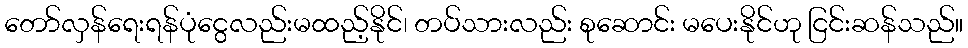
တော်လှန်ရေးရန်ပုံငွေလည်းမထည့်နိုင်၊ တပ်သားလည်း စုဆောင်း မပေးနိုင်ဟု ငြင်းဆန်သည်။